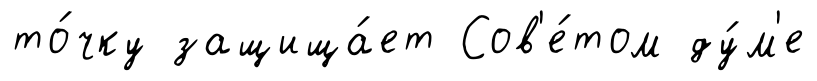
то́чку защища́ет Сов'е́том ду́м'е